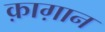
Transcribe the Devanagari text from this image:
क़ाग़ान